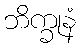
ဘိက္ခုနံ